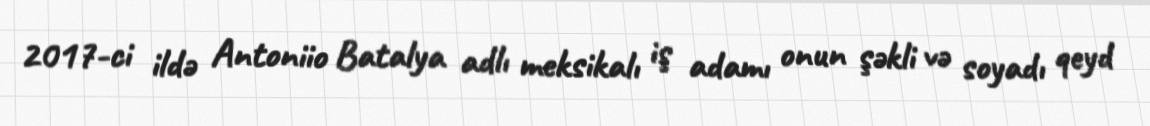
2017-ci ildə Antoniio Batalya adlı meksikalı iş adamı onun şəkli və soyadı qeyd